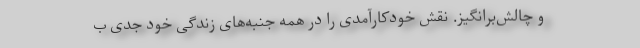
و چالش‌برانگیز. نقش خودکارآمدی را در همه جنبه‌های زندگی خود جدی ب